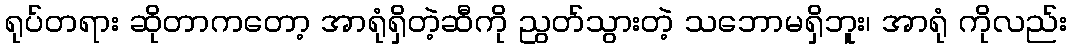
ရုပ်တရား ဆိုတာကတော့ အာရုံရှိတဲ့ဆီကို ညွတ်သွားတဲ့ သဘောမရှိဘူး၊ အာရုံ ကိုလည်း